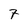
Character: 7